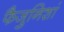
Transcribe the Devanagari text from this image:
फैजुनिशां